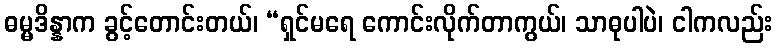
ဓမ္မဒိန္နာက ခွင့်တောင်းတယ်၊ “ရှင်မရေ ကောင်းလိုက်တာကွယ်၊ သာဓုပါပဲ၊ ငါကလည်း